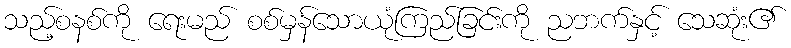
သည့်စနစ်ကို ရေးမည် စစ်မှန်သောယုံကြည်ခြင်းကို ညဘက်နှင့် သေဆုံး၏